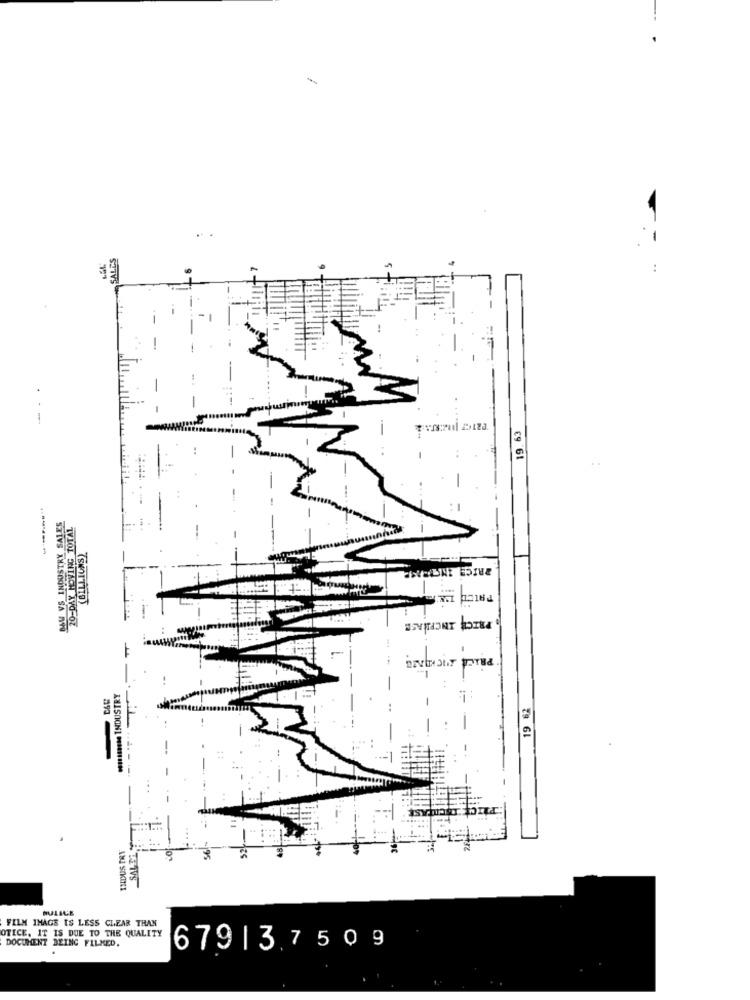
SALES
-
19.63
BAU VS INDUSTRY SALES
20-DAY MOVING TOTAL
(BILLIONS)
19 82
------
INDUS TRY
BULICE
FILM IMAGE IS LESS CLEAR THAN
DOCUMENT BEING FILMED.
OTICE, IT IS DUE TO THE QUALITY
679| 37509